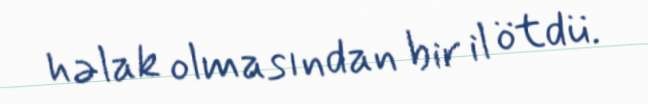
həlak olmasından bir il ötdü.